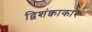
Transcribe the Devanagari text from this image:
द्विशंक्वाकार